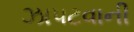
ઝાપટવાની